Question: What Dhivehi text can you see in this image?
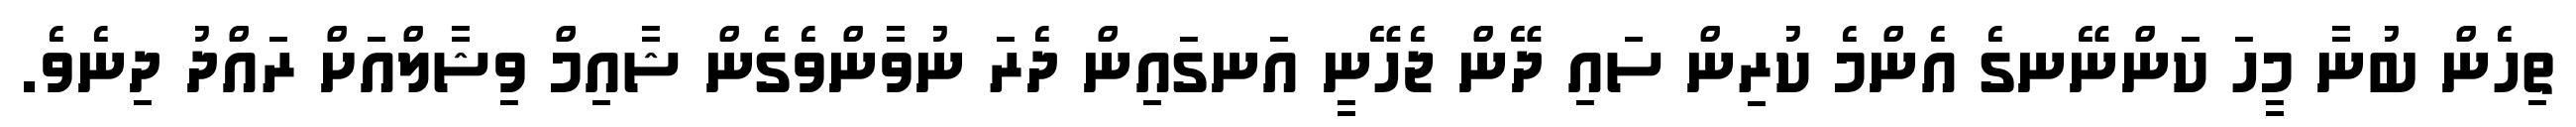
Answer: ތިހެން ބުނާ މީހަ ކަންނޭނގެ އެންމެ ކުރިން ސައި ދޭން ޖެހޭނީ އަނގައިން ދެރަ ނުވާންވެގެން ޝާއިމް ވިޝާލްއަށް ރައްދު ދިނެވެ.